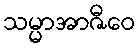
သမ္မာအာဇီဝေ